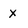
Character: x